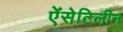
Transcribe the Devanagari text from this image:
ऐंसेटिलीन